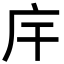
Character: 𢇛